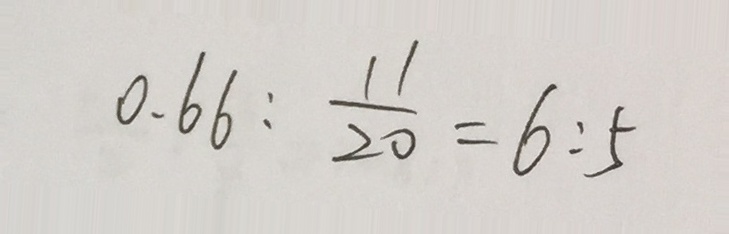
0 . 6 6 : \frac { 1 1 } { 2 0 } = 6 : 5